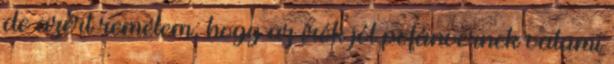
de azért remélem, hogy az írók jól pofánvernek valami